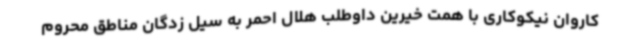
کاروان نیکوکاری با همت خیرین داوطلب هلال احمر به سیل زدگان مناطق محروم